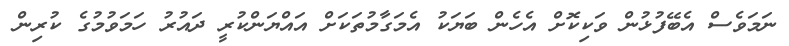
ނަމަވެސް އެބޭފުޅުން ވަކިކޮށް އެހެން ބަޔަކު އެމަގާމުތަކަށް އައްޔަންކުރީ ދައުރު ހަމަވުމުގެ ކުރިން